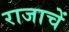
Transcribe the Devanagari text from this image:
राजाचें